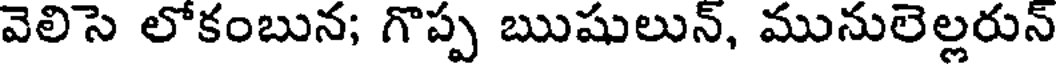
వెలిసె లోకంబున; గొప్ప ఋషులున్, మునులెల్లరున్